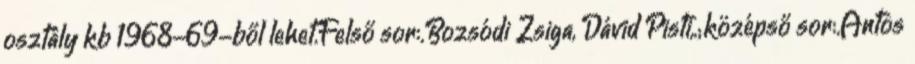
osztály kb 1968-69-ből lehet.Felső sor:.Bozsódi Zsiga, Dávid Pisti,.;középső sor:.Antos